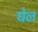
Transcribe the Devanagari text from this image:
घेल